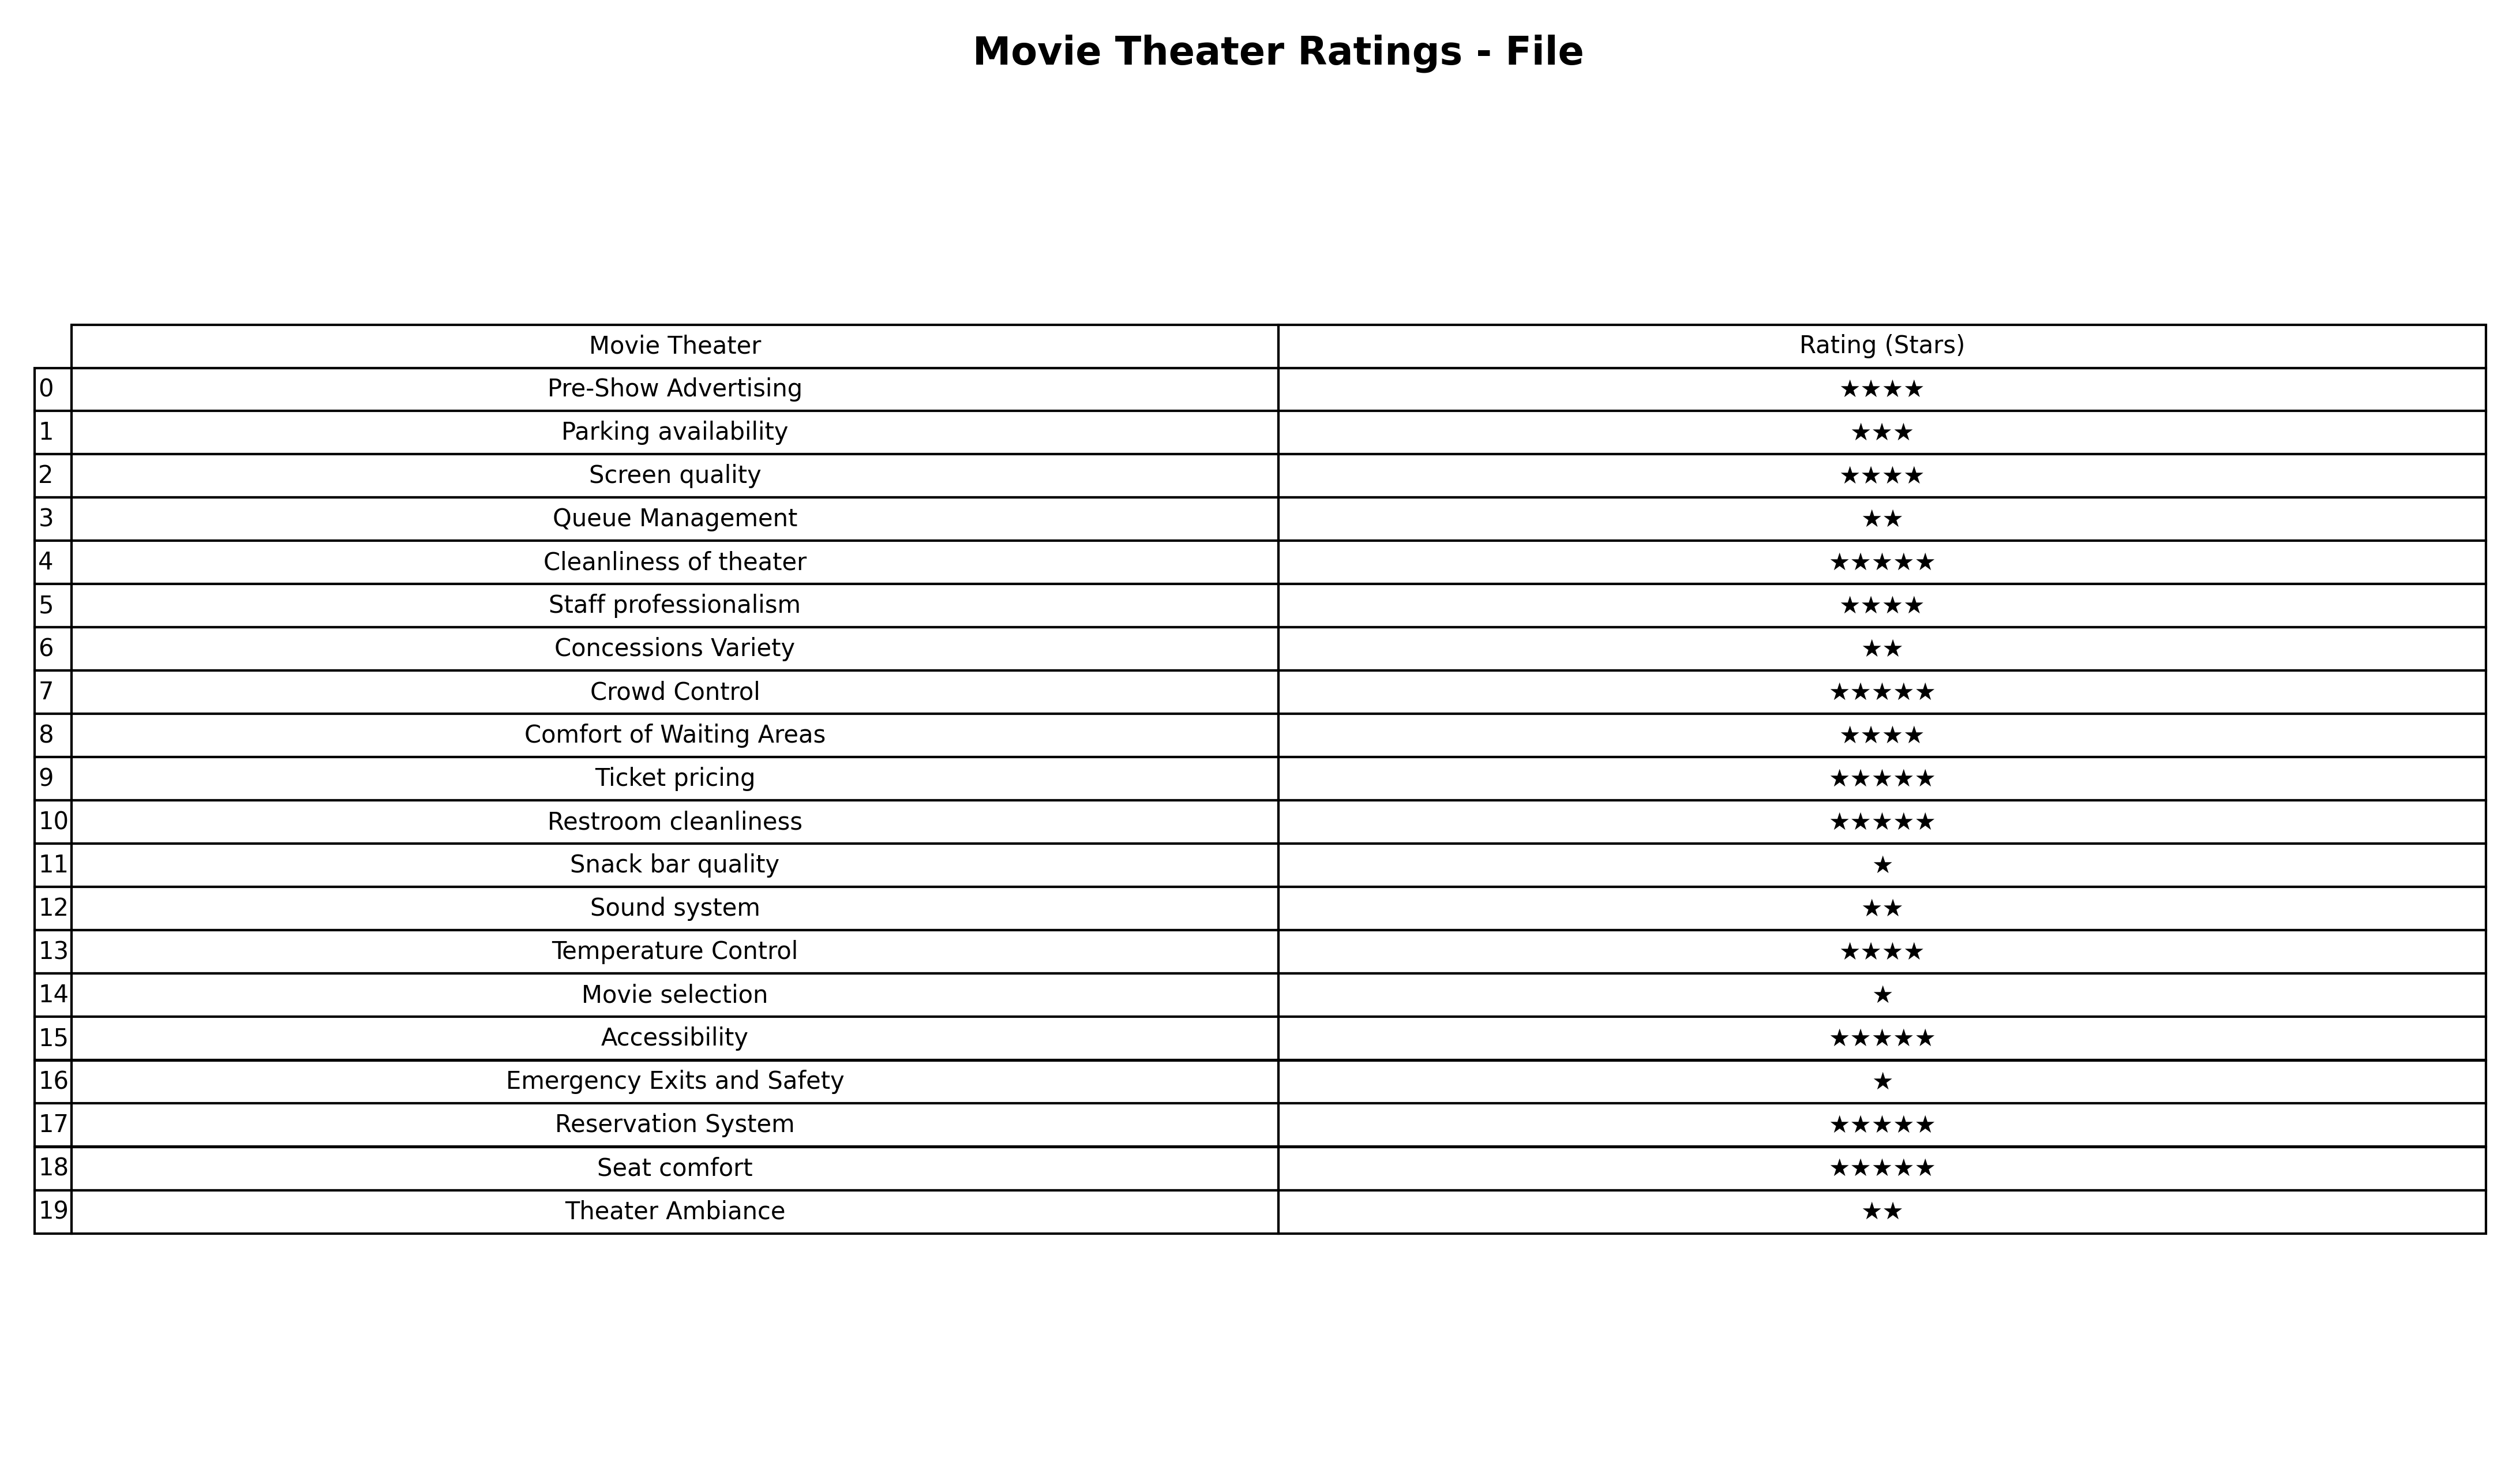
question: What is the rating of Parking availability?
answer: ★★★